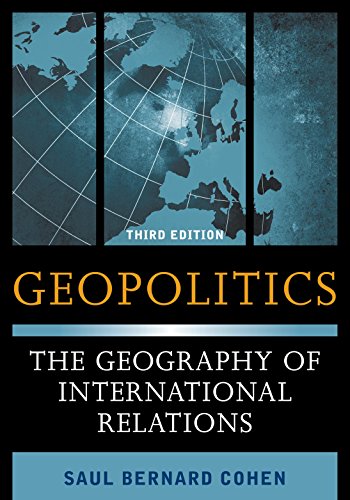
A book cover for Geopolitics: The Geography of International Relations; Saul Bernard Cohen; Politics & Social Sciences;